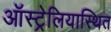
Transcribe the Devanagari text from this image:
ऑस्ट्रेलियास्थित